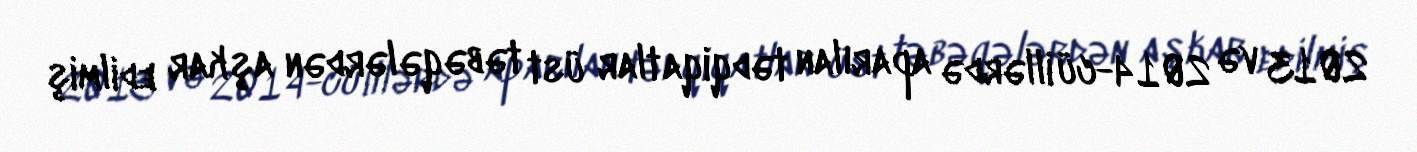
2013 və 2014-cü illərdə aparılan tədqiqatlar üst təbəqələrdən aşkar edilmiş